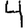
Digit: 4